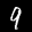
Label: 9